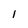
Character: 1